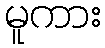
မူကား